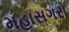
મહાસગરો